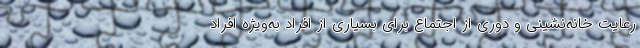
رعایت خانه‌نشینی و دوری از اجتماع برای بسیاری از افراد به‌ویژه افراد